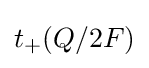
t_{+}(Q/2F)